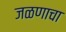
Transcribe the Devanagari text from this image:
जळणाचा